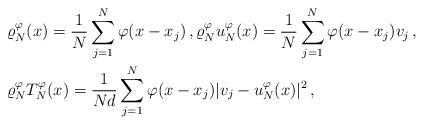
LaTeX: \begin{align*}& \varrho_N^\varphi(x) = \frac 1N \sum_{j=1}^N \varphi (x-x_j)\,, \varrho_N^\varphi u_N^\varphi(x) = \frac 1N \sum_{j=1}^N \varphi (x-x_j) v_j\,, \\ & \varrho_N^\varphi T_N^\varphi(x) = \frac 1{Nd} \sum_{j=1}^N \varphi (x-x_j) |v_j-u_N^\varphi(x)|^2 \,,\end{align*}